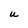
Character: U